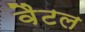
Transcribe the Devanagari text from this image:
वैटल